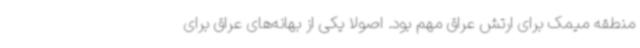
منطقه میمک برای ارتش عراق مهم بود. اصولا یکی از بهانه‌های عراق برای